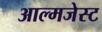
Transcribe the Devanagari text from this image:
आल्मजेस्ट